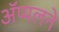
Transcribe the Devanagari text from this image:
ॲप्पलने